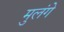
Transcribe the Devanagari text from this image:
मुलंगे